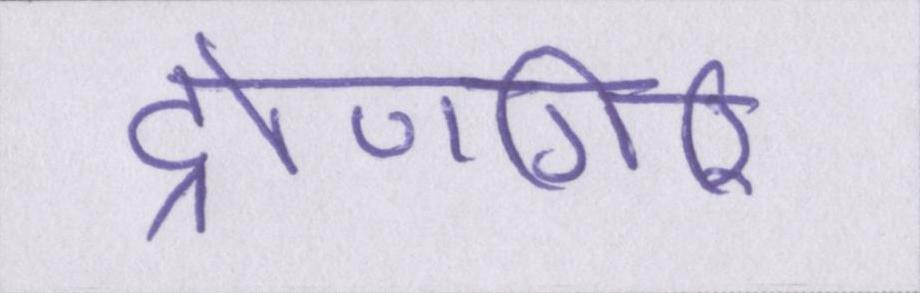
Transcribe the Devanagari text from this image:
द्रोणगिरि